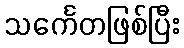
သင်္ကေတဖြစ်ပြီး